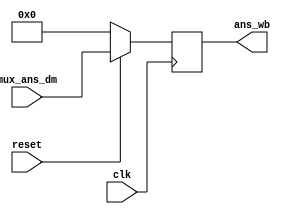
`timescale 1ns / 1ps

///////////////////////////////////////////////////////////////////

//GROUP NUMBER  - A05
//GROUP MEMBERS - ASHNA JAIN(201501008)
//					 - CHARMI CHOKSHI(201501021)
//              - MANASI DUBEY(201501051)
//DESCRIPTION:  - This is the Write Back block of microprocessor.

///////////////////////////////////////////////////////////////////


module write_back_module(mux_ans_dm,ans_wb,reset,clk);

output reg [7:0] ans_wb;		//output declaration

input [7:0] mux_ans_dm;		//input declaration
input clk,reset;		

wire [7:0] ans_wb_t;		//temporary variable 

assign ans_wb_t = (reset==1'b1) ?mux_ans_dm:8'b00000000;		//assigning mux_ans_dm to ans_wb_t when reset is 1 else 0

always@(posedge clk)		//this block will work when the clock is at posedge
begin
		ans_wb <= ans_wb_t;		//at posedge clock giving the value of ans_wb_t to ans_wb
end

endmodule